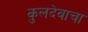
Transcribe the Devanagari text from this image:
कुलदेवाचा